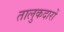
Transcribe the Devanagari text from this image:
तालुकदारों